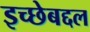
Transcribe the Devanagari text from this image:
इच्छेबद्दल